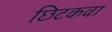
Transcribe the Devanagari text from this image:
छिटकवा